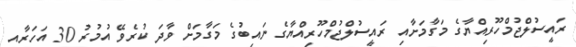
ރައީސުލްޖުމްހޫރިއްޔާގެ މަގާމަށާއި ރައީސުލްޖުމްހޫރިއްޔާގެ ނައިބުގެ މަގާމަށް ވާދަ ކުރެވޭ އުމުރު 30 އަހަރާއި